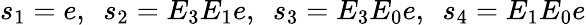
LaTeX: s_{1}=e,\ \ s_{2}=E_{3}E_{1}e,\ \ s_{3}=E_{3}E_{0}e,\ \ s_{4}=E_{1}E_{0}e